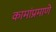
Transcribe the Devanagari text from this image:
कामांप्रमाणे